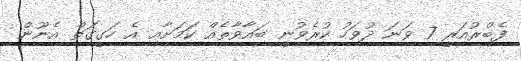
ފެބްރުއަރީ 7 ވަނަ ދުވަހު ކުރެވުނީ ބަޣާވާތެއް ކަމަށާއި އެ ހަގީގަތް އެނޫން